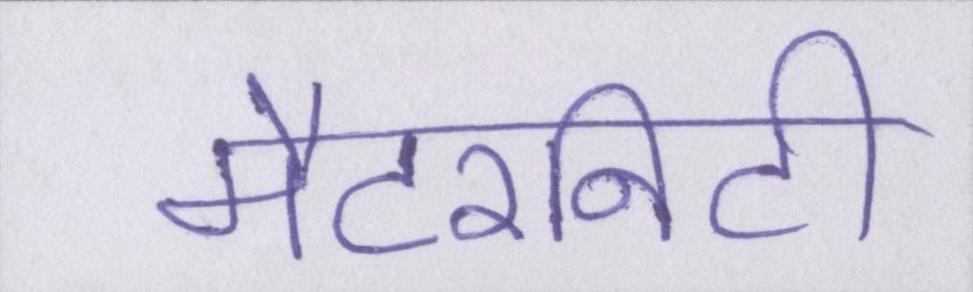
मैटरनिटी